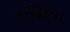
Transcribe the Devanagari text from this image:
श्रीवृक्ष।